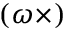
( { \boldsymbol { \omega } } \times )